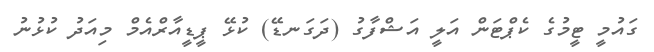
ގައުމީ ޓީމުގެ ކެޕްޓަން އަލީ އަޝްފާގު (ދަގަނޑޭ) ކުޅޭ ޕީޑީއާރްއެމް މިއަދު ކުޅުނު